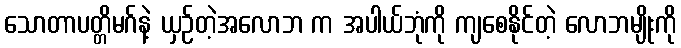
သောတာပတ္တိမဂ်နဲ့ ယှဉ်တဲ့အလောဘ က အပါယ်ဘုံကို ကျစေနိုင်တဲ့ လောဘမျိုးကို